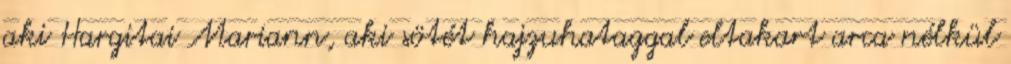
aki Hargitai Mariann, aki sötét hajzuhataggal eltakart arca nélkül